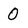
Character: 0